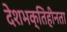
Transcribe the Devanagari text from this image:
देशभक्तिहीनता